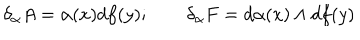
LaTeX: \delta _ { \alpha } A = \alpha ( x ) d f ( y ) ; \qquad \delta _ { \alpha } F = d \alpha ( x ) \wedge d f ( y )